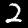
Digit: 2